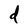
Character: d